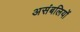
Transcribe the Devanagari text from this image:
असंबलियों